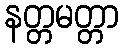
နတ္တမတ္တာ